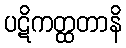
ပဋိကတ္ထတာနိ